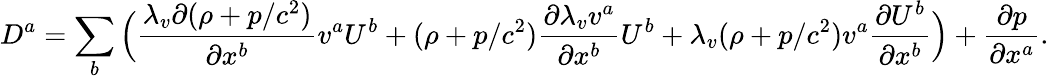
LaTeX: D^{a}=\sum_{b}\Big(\frac{\lambda_{v}\partial(\rho+p/c^{2})}{\partial x^{b}}v^{a}U^{b}+(\rho+p/c^{2})\frac{\partial\lambda_{v}v^{a}}{\partial x^{b}}U^{b}+\lambda_{v}(\rho+p/c^{2})v^{a}\frac{\partial U^{b}}{\partial x^{b}}\Big)+\frac{\partial p}{\partial x^{a}}.